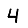
Digit: 4